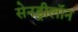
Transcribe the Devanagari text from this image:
सेनड्रीलॉन